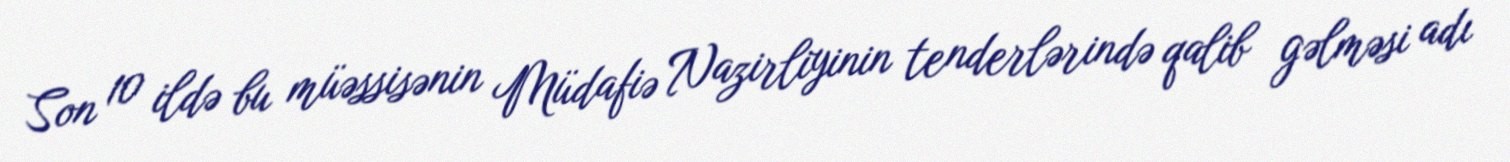
Son 10 ildə bu müəssisənin Müdafiə Nazirliyinin tenderlərində qalib gəlməsi adı